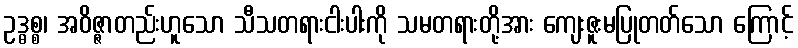
ဥဒ္ဓစ္စ၊ အဝိဇ္ဇာတည်းဟူသော သီသတရားငါးပါးကို သမတရားတို့အား ကျေးဇူးမပြုတတ်သော ကြောင့်